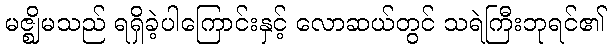
မဇ္ဈိမသည် ရရှိခဲ့ပါကြောင်းနှင့် လောဆယ်တွင် သရဲကြီးဘုရင်၏